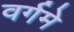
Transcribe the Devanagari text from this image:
वर्गमे